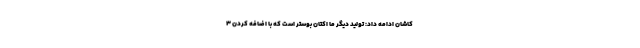
کاشان ادامه داد: تولید دیگر ما اکتان بوستر است که با اضافه کردن ۳